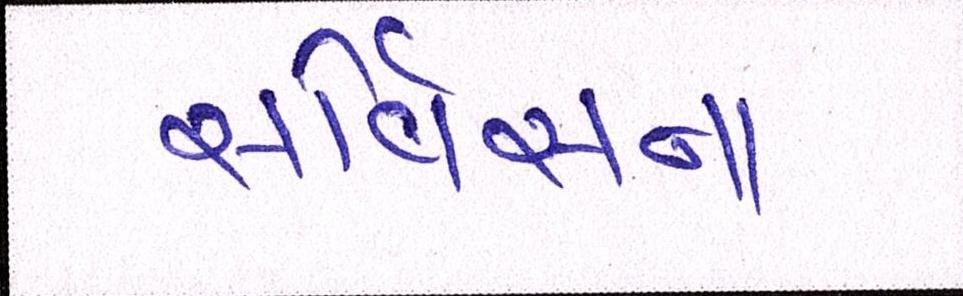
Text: સર્વિસના